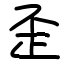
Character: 歪